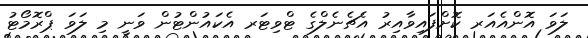
ލަވަ އޮންއެއަރ ކޮށްފައިވާއިރު އެޗެނެލްގެ ޓްވިޓަރ އެކައުންޓުން ވަނީ މި ލަވަ ޕްރޮމޯޓު